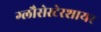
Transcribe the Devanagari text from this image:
ग्लौसेस्टेरशायर